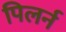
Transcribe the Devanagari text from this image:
पिलर्न